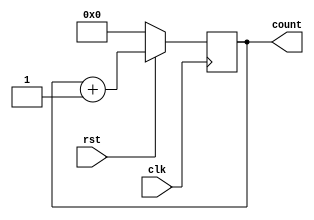
// counter_rst.v
module counter_rst (count, clk, rst);
output [3:0] count;
reg [3:0] count;
input clk, rst; 
//rst 1 1
//rst 0   reg 
always @(posedge clk)
if(rst == 0)
count <= 1'b0;
else
count <= count + 1'b1;
endmodule